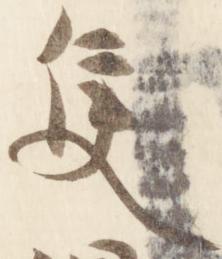
候